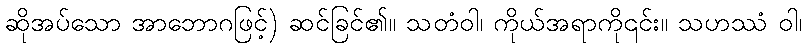
ဆိုအပ်သော အာဘောဂဖြင့်) ဆင်ခြင်၏။ သတံဝါ၊ ကိုယ်အရာကို၎င်း။ သဟဿံ ဝါ၊